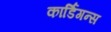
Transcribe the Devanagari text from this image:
कार्डिगन्स